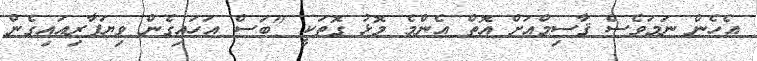
އެހެން ނަމަވެސް ޤާސިމްއަށް އޮތް އެންމެ މޮޅު ގޮތަކީ "ބަސް އަހައިގެން ވިޔަފާރިއައިގެން